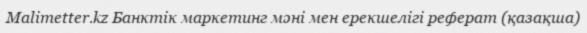
Malimetter.kz Банктік маркетинг мәні мен ерекшелігі реферат (қазақша)